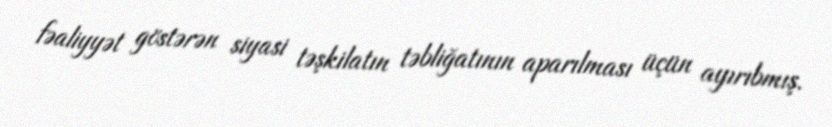
fəaliyyət göstərən siyasi təşkilatın təbliğatının aparılması üçün ayırıbmış.